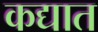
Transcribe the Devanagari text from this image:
कद्यात